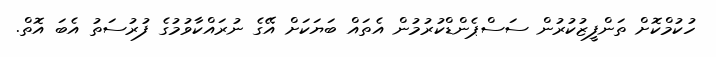
ހުކުމްކޮށް ތަންފީޒުކުރުން ސަސްޕެންޑްކުރުމުން އެތައް ބަޔަކަށް އޭގެ ނުރައްކާވުމުގެ ފުރުސަތު އެބަ އޮތް.